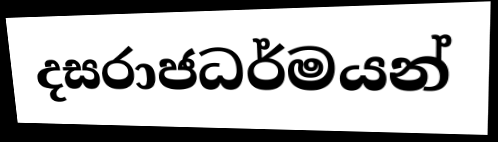
දසරාජධර්මයන්